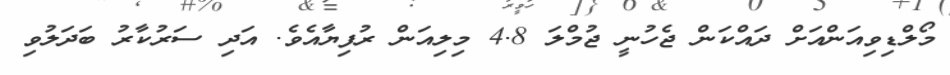
މޯލްޑިވިއަންއަށް ދައްކަން ޖެހުނީ ޖުމްލަ 4.8 މިލިއަން ރުފިޔާއެވެ. އަދި ސަރުކާރު ބަދަލުވި